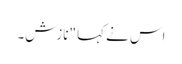
اس نے کہا "نازش۔